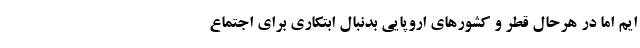
ایم اما در هرحال قطر و کشورهای اروپایی بدنبال ابتکاری برای اجتماع